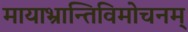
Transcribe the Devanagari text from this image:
मायाभ्रान्तिविमोचनम्